V__Kingissepa_nim__kolhoos, lk 70
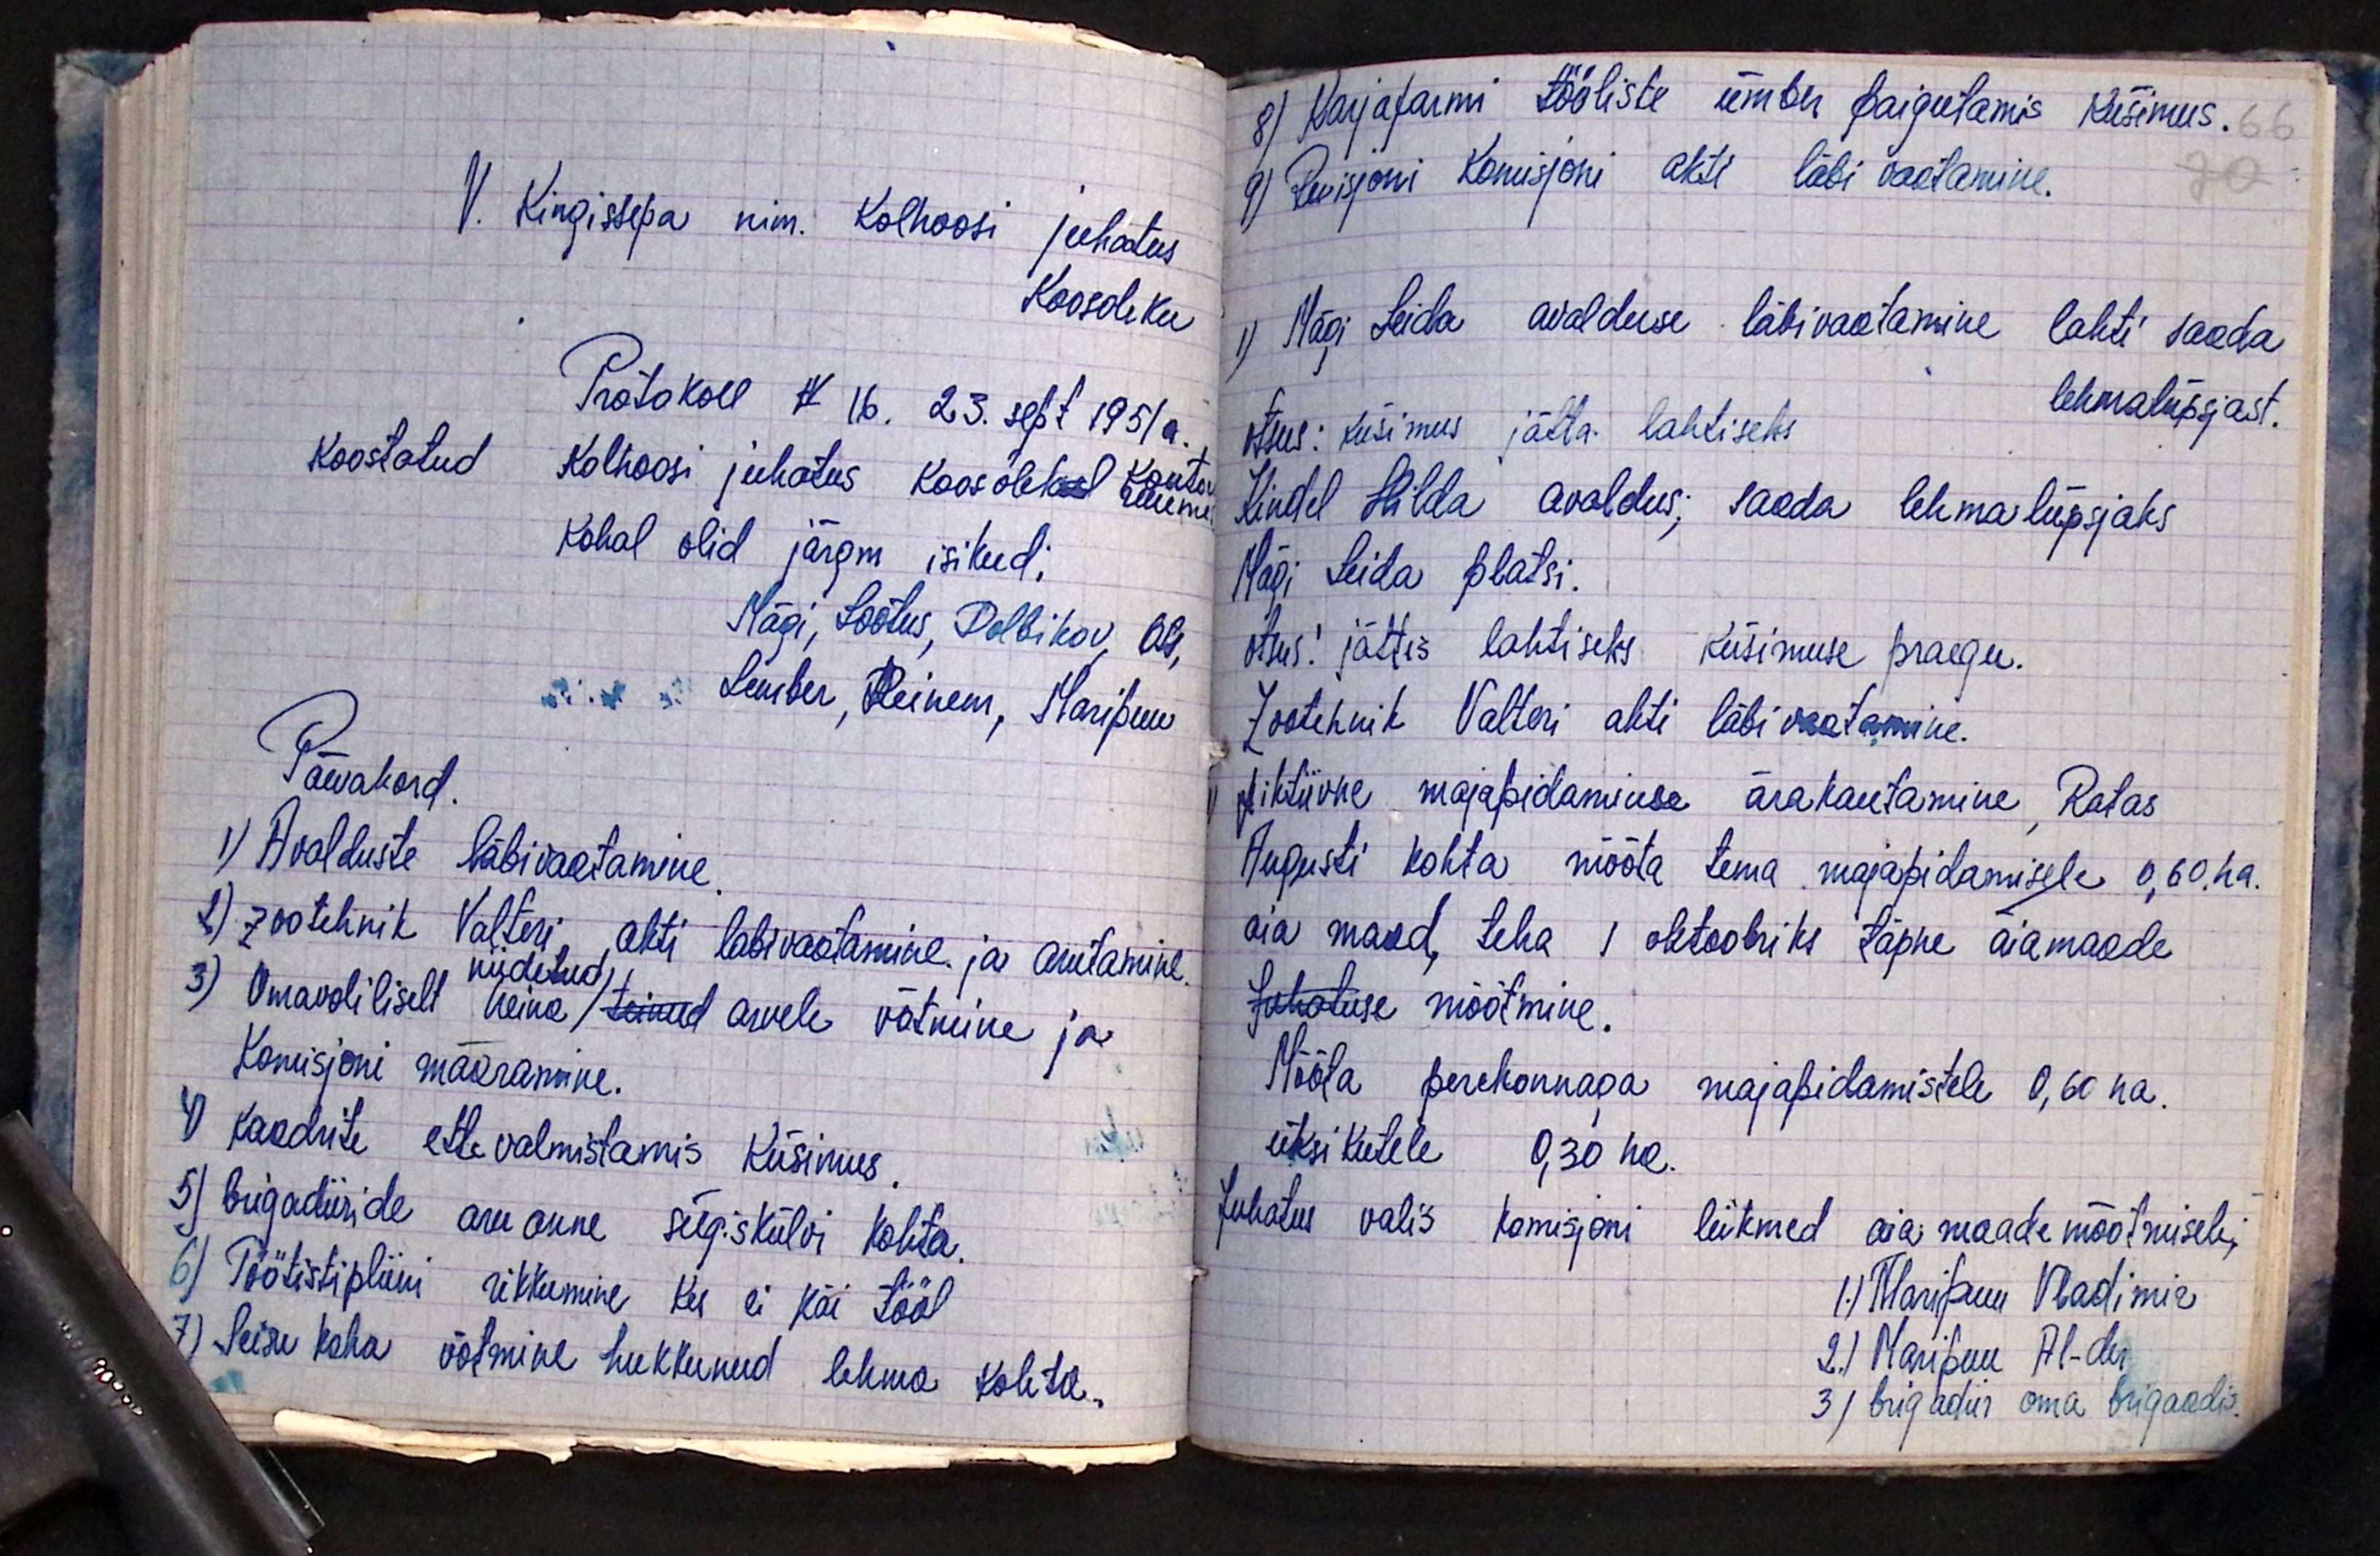
V. Kingissepa nim. Kolhoosi juhatus
Koosoleku
Protokoll N 16. 23. sept 1951 a.
koostatud kolhoosi juhatus koosolekul Kautri
Kohal olid järgm isikud:
Mägi, Lootus, Polbikov, Ots,
Lember, Reinem, Maripuu
Päevakord
1) Avalduste läbivaatamine.
1) Zootehnik Valteri, akti läbivaatamine ja arutamine.
niidetud
3) Omavoliliselt heina /teinud arvele võtmine ja
Komisjoni määramine.
4) kaadrite ettevalmistamis küsimus,
5) brigadiiride aruanne sügiskülvi kohta.
6)Töötistsipliini rikkumine kes ei käi tööl
Seisu koha võlmine hukkunud lehma kohta.

8) Karjafarmi tööliste ümber paigutamis küsimus.
9) Revisjoni komisjoni akti läbi vaatamine.
1) Mägi Leida avalduse läbivaatamine lahti saada
lehmalüpsjast.
otsus: Küsimus jätta lahtiseks
Kindel Hilda avaldus; saada lehma lüpsjaks
Mägi Leida platsi.
otsus: jättis lahtiseks küsimuse praegu.
zootehnik Valteri akti läbivaatamine.
fiktiivne majapidamisse ära kautamine, Ratas
Augusti kohta mõõta tema majapidamisele 0,60. ha.
aia maad teha 1. oktoobiks täpne aiamaade
Juhatuse mõõtmine.
Mõõta perekonnaga majapidamistele 0,60 ha.
üksikutele 0,30 ha.
Juhatus valis komisjoni liikmed aia maade mõõtmisele,
1.) Maripuu Vladimir
2.) Karipuu Al-der.
3) brigadiir oma brigaadis.